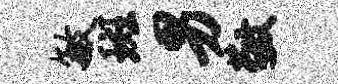
敏斑男敬